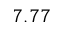
7 . 7 7